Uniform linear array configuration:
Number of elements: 12
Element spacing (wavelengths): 0.5
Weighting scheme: binomial
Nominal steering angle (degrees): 15
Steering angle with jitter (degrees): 15.484
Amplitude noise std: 0.05
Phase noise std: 0.05

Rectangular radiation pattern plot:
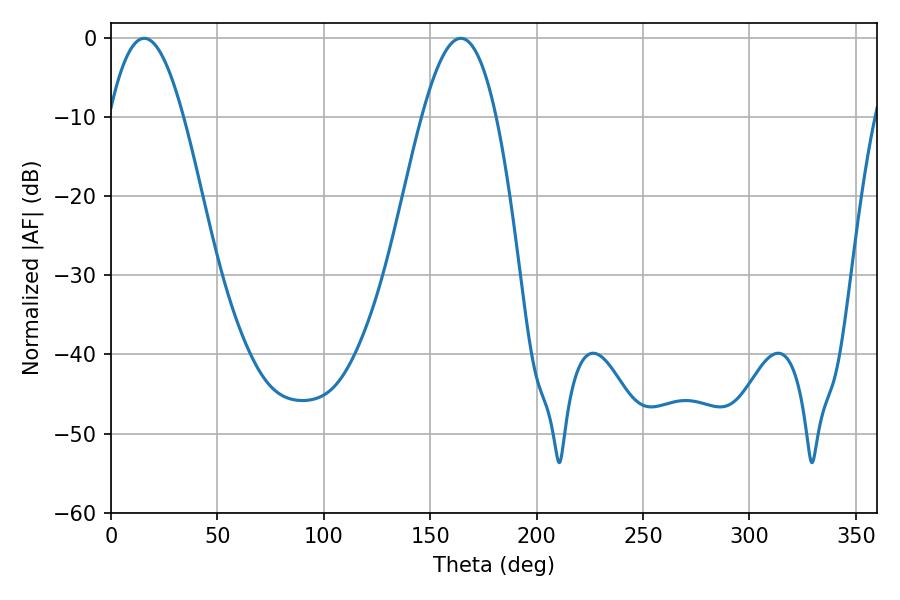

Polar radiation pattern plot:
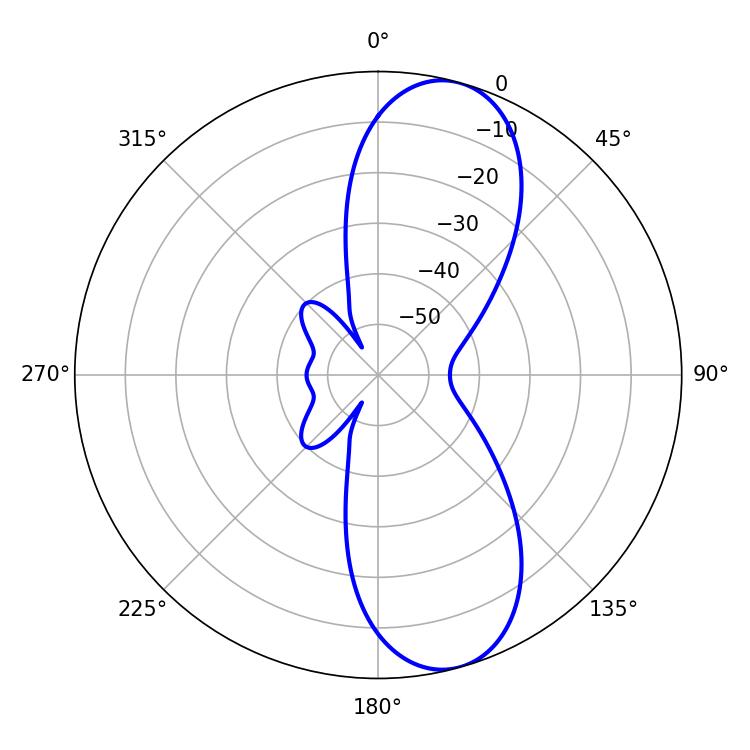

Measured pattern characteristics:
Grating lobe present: FALSE
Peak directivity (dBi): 10.037
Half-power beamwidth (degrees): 19.08
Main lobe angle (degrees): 15.66